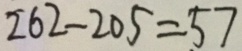
2 6 2 - 2 0 5 = 5 7